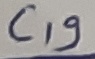
Text: C19